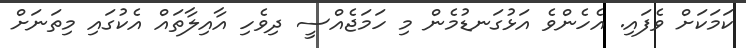
ކަމަކަށް ވެފައި. އެހެންވެ އަޅުގަނޑުމެން މި ހަމަޖެއްސީ ދިވެހި އާއިލާތައް އެކުގައި މިތަނަށް